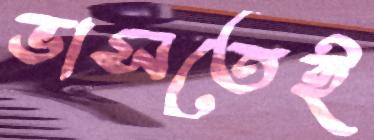
ভাসতেই